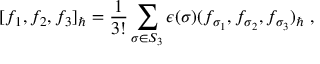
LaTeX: [ f _ { 1 } , f _ { 2 } , f _ { 3 } ] _ { \hbar } = \frac { 1 } { 3 ! } \sum _ { \sigma \in S _ { 3 } } \epsilon ( \sigma ) ( f _ { \sigma _ { 1 } } , f _ { \sigma _ { 2 } } , f _ { \sigma _ { 3 } } ) _ { \hbar } \; ,